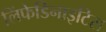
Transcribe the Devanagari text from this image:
लिंफेडिनाइटिस